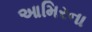
આમિરના